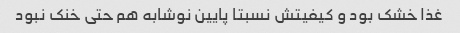
غذا خشک بود و کیفیتش نسبتا پایین نوشابه هم حتی خنک نبود